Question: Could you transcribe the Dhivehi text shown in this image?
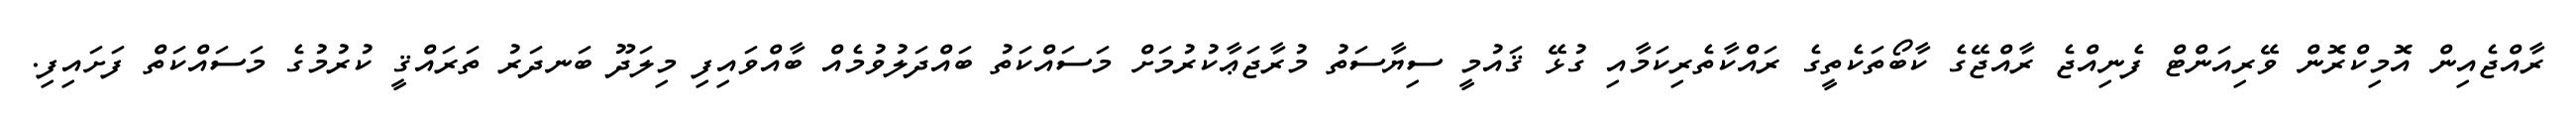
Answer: ރާއްޖެއިން އޮމިކްރޮން ވޭރިއަންޓް ފެނިއްޖެ ރާއްޖޭގެ ކާބޯތަކެތީގެ ރައްކާތެރިކަމާއި ގުޅޭ ޤައުމީ ސިޔާސަތު މުރާޖަޢާކުރުމަށް މަސައްކަތު ބައްދަލުވުމެއް ބާއްވައިފި މިލަދޫ ބަނދަރު ތަރައްޤީ ކުރުމުގެ މަސައްކަތް ފަށައިފި.